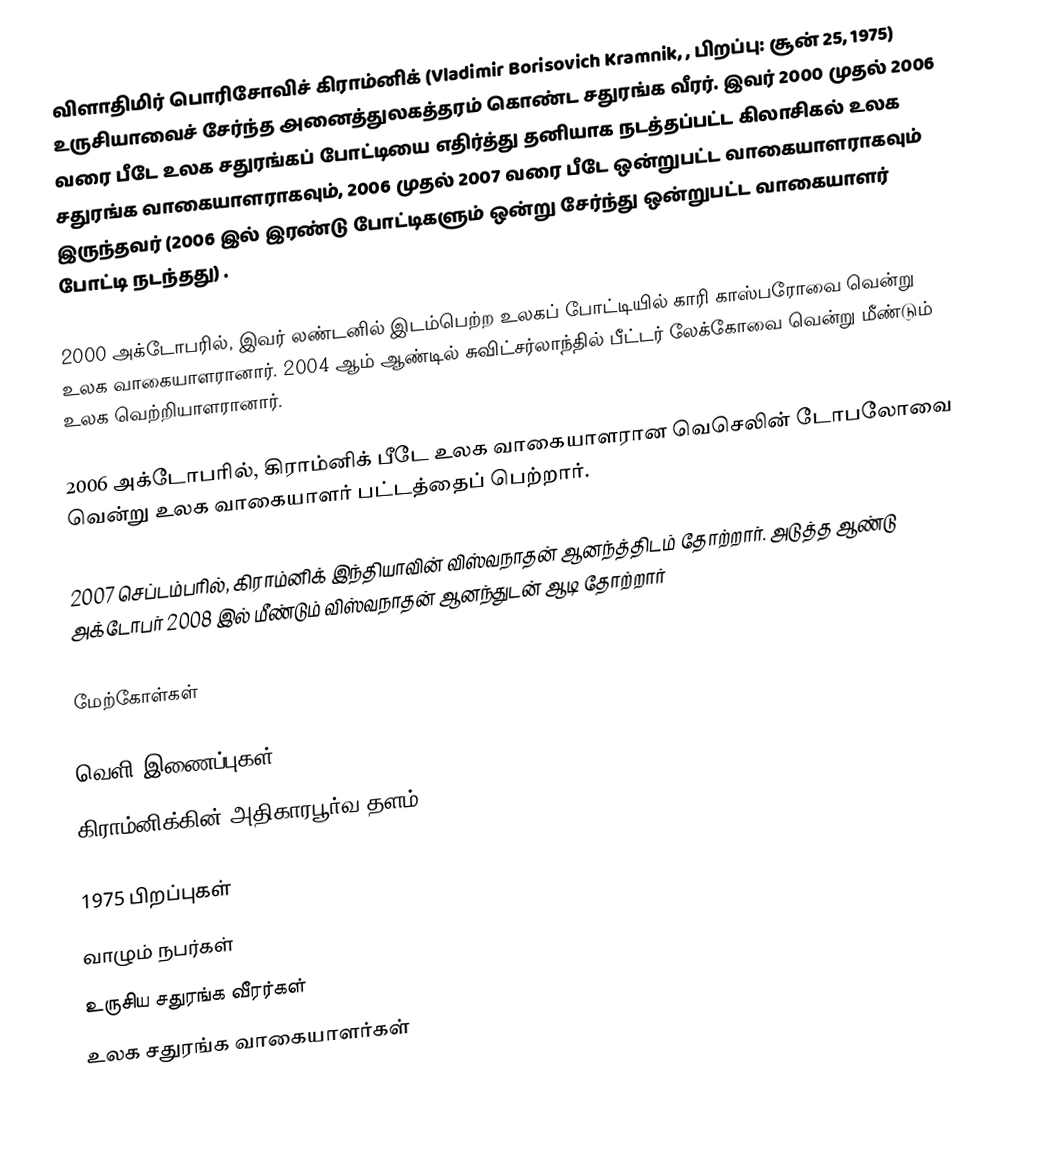
விளாதிமிர் பொரிசோவிச் கிராம்னிக் (Vladimir Borisovich Kramnik, , பிறப்பு: சூன் 25, 1975) உருசியாவைச் சேர்ந்த அனைத்துலகத்தரம் கொண்ட சதுரங்க வீரர். இவர் 2000 முதல் 2006 வரை பீடே உலக சதுரங்கப் போட்டியை எதிர்த்து தனியாக நடத்தப்பட்ட கிலாசிகல் உலக சதுரங்க வாகையாளராகவும், 2006 முதல் 2007 வரை பீடே ஒன்றுபட்ட வாகையாளராகவும் இருந்தவர் (2006 இல் இரண்டு போட்டிகளும் ஒன்று சேர்ந்து ஒன்றுபட்ட வாகையாளர் போட்டி நடந்தது) .

2000 அக்டோபரில், இவர் லண்டனில் இடம்பெற்ற உலகப் போட்டியில் காரி காஸ்பரோவை வென்று உலக வாகையாளரானார். 2004 ஆம் ஆண்டில் சுவிட்சர்லாந்தில் பீட்டர் லேக்கோவை வென்று மீண்டும் உலக வெற்றியாளரானார்.

2006 அக்டோபரில், கிராம்னிக் பீடே உலக  வாகையாளரான  வெசெலின் டோபலோவை வென்று உலக வாகையாளர் பட்டத்தைப் பெற்றார்.

2007 செப்டம்பரில், கிராம்னிக் இந்தியாவின் விஸ்வநாதன் ஆனந்த்திடம் தோற்றார். அடுத்த ஆண்டு அக்டோபர் 2008 இல் மீண்டும் விஸ்வநாதன் ஆனந்துடன் ஆடி தோற்றார்

மேற்கோள்கள்

வெளி இணைப்புகள்
 கிராம்னிக்கின் அதிகாரபூர்வ தளம்

1975 பிறப்புகள்
வாழும் நபர்கள்
உருசிய சதுரங்க வீரர்கள்
உலக சதுரங்க வாகையாளர்கள்